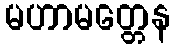
မဟာမတ္တေန